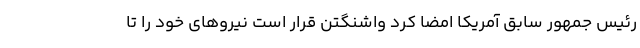
رئیس جمهور سابق آمریکا امضا کرد واشنگتن قرار است نیروهای خود را تا